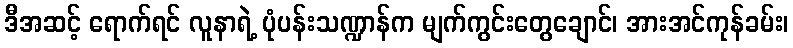
ဒီအဆင့် ရောက်ရင် လူနာရဲ့ ပုံပန်းသဏ္ဍာန်က မျက်ကွင်းတွေချောင်၊ အားအင်ကုန်ခမ်း၊